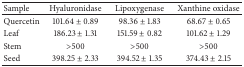
<table><thead><tr><td><b>Sample</b></td><td><b>Hyaluronidase</b></td><td><b>Lipoxygenase</b></td><td><b>Xanthine oxidase </b></td></tr></thead><tbody><tr><td>Quercetin</td><td>101.64 ± 0.89</td><td>98.36 ± 1.83</td><td>68.67 ± 0.65</td></tr><tr><td>Leaf</td><td>186.23 ± 1.31</td><td>151.59 ± 0.82</td><td>101.62 ± 1.29</td></tr><tr><td>Stem</td><td>&gt;500</td><td>&gt;500</td><td>&gt;500</td></tr><tr><td>Seed</td><td>398.25 ± 2.33</td><td>394.52 ± 1.35</td><td>374.43 ± 2.15</td></tr></tbody></table>